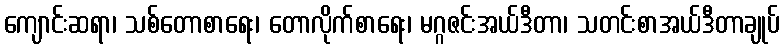
ကျောင်းဆရာ၊ သစ်တောစာရေး၊ တောလိုက်စာရေး၊ မဂ္ဂဇင်းအယ်ဒီတာ၊ သတင်းစာအယ်ဒီတာချုပ်